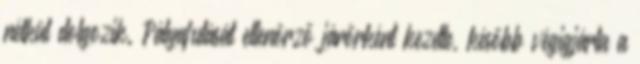
nélkül dolgozik. Pályafutását ellenőrző járőrként kezdte, később végigjárta a